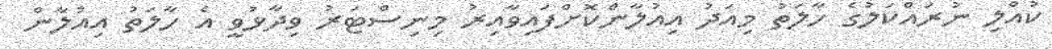
ކުއްލި ނުރައްކަލުގެ ހާލަތު މިއަދު އިއުލާންކޮށްފައިވާއިރު މިނިސްޓަރު ވިދާޅުވީ އެ ހާލަތު އިއުލާން